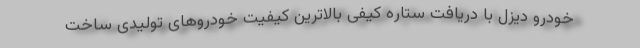
خودرو دیزل با دریافت ستاره کیفی بالاترین کیفیت خودروهای تولیدی ساخت